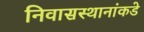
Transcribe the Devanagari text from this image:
निवासस्थानांकडे